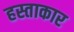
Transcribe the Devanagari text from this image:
हस्ताकार